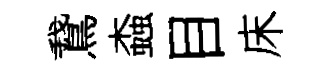
鵞螙目床